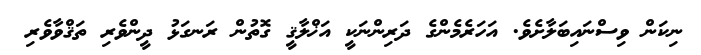
ނިކަން ވިސްނައިބަލާށެވެ. އަހަރެމެންގެ ދަރިންނަކީ އަޚްލާޤީ ގޮތުން ރަނގަޅު ދީންވެރި ތަޤްވާވެރި